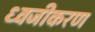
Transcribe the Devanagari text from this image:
ध्वजीकरण